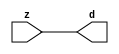

//------> ./rtl_mgc_ioport.v 
//------------------------------------------------------------------
//                M G C _ I O P O R T _ C O M P S
//------------------------------------------------------------------

//------------------------------------------------------------------
//                       M O D U L E S
//------------------------------------------------------------------

//------------------------------------------------------------------
//-- INPUT ENTITIES
//------------------------------------------------------------------

module mgc_in_wire (d, z);

  parameter integer rscid = 1;
  parameter integer width = 8;

  output [width-1:0] d;
  input  [width-1:0] z;

  wire   [width-1:0] d;

  assign d = z;

endmodule

//------------------------------------------------------------------

module mgc_in_wire_en (ld, d, lz, z);

  parameter integer rscid = 1;
  parameter integer width = 8;

  input              ld;
  output [width-1:0] d;
  output             lz;
  input  [width-1:0] z;

  wire   [width-1:0] d;
  wire               lz;

  assign d = z;
  assign lz = ld;

endmodule

//------------------------------------------------------------------

module mgc_in_wire_wait (ld, vd, d, lz, vz, z);

  parameter integer rscid = 1;
  parameter integer width = 8;

  input              ld;
  output             vd;
  output [width-1:0] d;
  output             lz;
  input              vz;
  input  [width-1:0] z;

  wire               vd;
  wire   [width-1:0] d;
  wire               lz;

  assign d = z;
  assign lz = ld;
  assign vd = vz;

endmodule
//------------------------------------------------------------------

module mgc_chan_in (ld, vd, d, lz, vz, z, size, req_size, sizez, sizelz);

  parameter integer rscid = 1;
  parameter integer width = 8;
  parameter integer sz_width = 8;

  input              ld;
  output             vd;
  output [width-1:0] d;
  output             lz;
  input              vz;
  input  [width-1:0] z;
  output [sz_width-1:0] size;
  input              req_size;
  input  [sz_width-1:0] sizez;
  output             sizelz;


  wire               vd;
  wire   [width-1:0] d;
  wire               lz;
  wire   [sz_width-1:0] size;
  wire               sizelz;

  assign d = z;
  assign lz = ld;
  assign vd = vz;
  assign size = sizez;
  assign sizelz = req_size;

endmodule


//------------------------------------------------------------------
//-- OUTPUT ENTITIES
//------------------------------------------------------------------

module mgc_out_stdreg (d, z);

  parameter integer rscid = 1;
  parameter integer width = 8;

  input    [width-1:0] d;
  output   [width-1:0] z;

  wire     [width-1:0] z;

  assign z = d;

endmodule

//------------------------------------------------------------------

module mgc_out_stdreg_en (ld, d, lz, z);

  parameter integer rscid = 1;
  parameter integer width = 8;

  input              ld;
  input  [width-1:0] d;
  output             lz;
  output [width-1:0] z;

  wire               lz;
  wire   [width-1:0] z;

  assign z = d;
  assign lz = ld;

endmodule

//------------------------------------------------------------------

module mgc_out_stdreg_wait (ld, vd, d, lz, vz, z);

  parameter integer rscid = 1;
  parameter integer width = 8;

  input              ld;
  output             vd;
  input  [width-1:0] d;
  output             lz;
  input              vz;
  output [width-1:0] z;

  wire               vd;
  wire               lz;
  wire   [width-1:0] z;

  assign z = d;
  assign lz = ld;
  assign vd = vz;

endmodule

//------------------------------------------------------------------

module mgc_out_prereg_en (ld, d, lz, z);

    parameter integer rscid = 1;
    parameter integer width = 8;

    input              ld;
    input  [width-1:0] d;
    output             lz;
    output [width-1:0] z;

    wire               lz;
    wire   [width-1:0] z;

    assign z = d;
    assign lz = ld;

endmodule

//------------------------------------------------------------------
//-- INOUT ENTITIES
//------------------------------------------------------------------

module mgc_inout_stdreg_en (ldin, din, ldout, dout, lzin, lzout, z);

    parameter integer rscid = 1;
    parameter integer width = 8;

    input              ldin;
    output [width-1:0] din;
    input              ldout;
    input  [width-1:0] dout;
    output             lzin;
    output             lzout;
    inout  [width-1:0] z;

    wire   [width-1:0] din;
    wire               lzin;
    wire               lzout;
    wire   [width-1:0] z;

    assign lzin = ldin;
    assign din = ldin ? z : {width{1'bz}};
    assign lzout = ldout;
    assign z = ldout ? dout : {width{1'bz}};

endmodule

//------------------------------------------------------------------
module hid_tribuf( I_SIG, ENABLE, O_SIG);
  parameter integer width = 8;

  input [width-1:0] I_SIG;
  input ENABLE;
  inout [width-1:0] O_SIG;

  assign O_SIG = (ENABLE) ? I_SIG : { width{1'bz}};

endmodule
//------------------------------------------------------------------

module mgc_inout_stdreg_wait (ldin, vdin, din, ldout, vdout, dout, lzin, vzin, lzout, vzout, z);

    parameter integer rscid = 1;
    parameter integer width = 8;

    input              ldin;
    output             vdin;
    output [width-1:0] din;
    input              ldout;
    output             vdout;
    input  [width-1:0] dout;
    output             lzin;
    input              vzin;
    output             lzout;
    input              vzout;
    inout  [width-1:0] z;

    wire               vdin;
    wire   [width-1:0] din;
    wire               vdout;
    wire               lzin;
    wire               lzout;
    wire   [width-1:0] z;
    wire   ldout_and_vzout;

    assign lzin = ldin;
    assign vdin = vzin;
    assign din = ldin ? z : {width{1'bz}};
    assign lzout = ldout;
    assign vdout = vzout ;
    assign ldout_and_vzout = ldout && vzout ;

    hid_tribuf #(width) tb( .I_SIG(dout),
                            .ENABLE(ldout_and_vzout),
                            .O_SIG(z) );

endmodule

//------------------------------------------------------------------

module mgc_inout_buf_wait (clk, en, arst, srst, ldin, vdin, din, ldout, vdout, dout, lzin, vzin, lzout, vzout, z);

    parameter integer rscid   = 0; // resource ID
    parameter integer width   = 8; // fifo width
    parameter         ph_clk  =  1'b1; // clock polarity 1=rising edge, 0=falling edge
    parameter         ph_en   =  1'b1; // clock enable polarity
    parameter         ph_arst =  1'b1; // async reset polarity
    parameter         ph_srst =  1'b1; // sync reset polarity

    input              clk;
    input              en;
    input              arst;
    input              srst;
    input              ldin;
    output             vdin;
    output [width-1:0] din;
    input              ldout;
    output             vdout;
    input  [width-1:0] dout;
    output             lzin;
    input              vzin;
    output             lzout;
    input              vzout;
    inout  [width-1:0] z;

    wire               lzout_buf;
    wire               vzout_buf;
    wire   [width-1:0] z_buf;
    wire               vdin;
    wire   [width-1:0] din;
    wire               vdout;
    wire               lzin;
    wire               lzout;
    wire   [width-1:0] z;

    assign lzin = ldin;
    assign vdin = vzin;
    assign din = ldin ? z : {width{1'bz}};
    assign lzout = lzout_buf & ~ldin;
    assign vzout_buf = vzout & ~ldin;
    hid_tribuf #(width) tb( .I_SIG(z_buf),
                            .ENABLE((lzout_buf && (!ldin) && vzout) ),
                            .O_SIG(z)  );

    mgc_out_buf_wait
    #(
        .rscid   (rscid),
        .width   (width),
        .ph_clk  (ph_clk),
        .ph_en   (ph_en),
        .ph_arst (ph_arst),
        .ph_srst (ph_srst)
    )
    BUFF
    (
        .clk     (clk),
        .en      (en),
        .arst    (arst),
        .srst    (srst),
        .ld      (ldout),
        .vd      (vdout),
        .d       (dout),
        .lz      (lzout_buf),
        .vz      (vzout_buf),
        .z       (z_buf)
    );


endmodule

module mgc_inout_fifo_wait (clk, en, arst, srst, ldin, vdin, din, ldout, vdout, dout, lzin, vzin, lzout, vzout, z);

    parameter integer rscid   = 0; // resource ID
    parameter integer width   = 8; // fifo width
    parameter integer fifo_sz = 8; // fifo depth
    parameter         ph_clk  = 1'b1;  // clock polarity 1=rising edge, 0=falling edge
    parameter         ph_en   = 1'b1;  // clock enable polarity
    parameter         ph_arst = 1'b1;  // async reset polarity
    parameter         ph_srst = 1'b1;  // sync reset polarity
    parameter integer ph_log2 = 3;     // log2(fifo_sz)
    parameter integer pwropt  = 0;     // pwropt

    input              clk;
    input              en;
    input              arst;
    input              srst;
    input              ldin;
    output             vdin;
    output [width-1:0] din;
    input              ldout;
    output             vdout;
    input  [width-1:0] dout;
    output             lzin;
    input              vzin;
    output             lzout;
    input              vzout;
    inout  [width-1:0] z;

    wire               lzout_buf;
    wire               vzout_buf;
    wire   [width-1:0] z_buf;
    wire               comb;
    wire               vdin;
    wire   [width-1:0] din;
    wire               vdout;
    wire               lzin;
    wire               lzout;
    wire   [width-1:0] z;

    assign lzin = ldin;
    assign vdin = vzin;
    assign din = ldin ? z : {width{1'bz}};
    assign lzout = lzout_buf & ~ldin;
    assign vzout_buf = vzout & ~ldin;
    assign comb = (lzout_buf && (!ldin) && vzout);

    hid_tribuf #(width) tb2( .I_SIG(z_buf), .ENABLE(comb), .O_SIG(z)  );

    mgc_out_fifo_wait
    #(
        .rscid   (rscid),
        .width   (width),
        .fifo_sz (fifo_sz),
        .ph_clk  (ph_clk),
        .ph_en   (ph_en),
        .ph_arst (ph_arst),
        .ph_srst (ph_srst),
        .ph_log2 (ph_log2),
        .pwropt  (pwropt)
    )
    FIFO
    (
        .clk   (clk),
        .en      (en),
        .arst    (arst),
        .srst    (srst),
        .ld      (ldout),
        .vd      (vdout),
        .d       (dout),
        .lz      (lzout_buf),
        .vz      (vzout_buf),
        .z       (z_buf)
    );

endmodule

//------------------------------------------------------------------
//-- I/O SYNCHRONIZATION ENTITIES
//------------------------------------------------------------------

module mgc_io_sync (ld, lz);

    input  ld;
    output lz;

    assign lz = ld;

endmodule

module mgc_bsync_rdy (rd, rz);

    parameter integer rscid   = 0; // resource ID
    parameter ready = 1;
    parameter valid = 0;

    input  rd;
    output rz;

    wire   rz;

    assign rz = rd;

endmodule

module mgc_bsync_vld (vd, vz);

    parameter integer rscid   = 0; // resource ID
    parameter ready = 0;
    parameter valid = 1;

    output vd;
    input  vz;

    wire   vd;

    assign vd = vz;

endmodule

module mgc_bsync_rv (rd, vd, rz, vz);

    parameter integer rscid   = 0; // resource ID
    parameter ready = 1;
    parameter valid = 1;

    input  rd;
    output vd;
    output rz;
    input  vz;

    wire   vd;
    wire   rz;

    assign rz = rd;
    assign vd = vz;

endmodule

//------------------------------------------------------------------

module mgc_sync (ldin, vdin, ldout, vdout);

  input  ldin;
  output vdin;
  input  ldout;
  output vdout;

  wire   vdin;
  wire   vdout;

  assign vdin = ldout;
  assign vdout = ldin;

endmodule

///////////////////////////////////////////////////////////////////////////////
// dummy function used to preserve funccalls for modulario
// it looks like a memory read to the caller
///////////////////////////////////////////////////////////////////////////////
module funccall_inout (d, ad, bd, z, az, bz);

  parameter integer ram_id = 1;
  parameter integer width = 8;
  parameter integer addr_width = 8;

  output [width-1:0]       d;
  input  [addr_width-1:0]  ad;
  input                    bd;
  input  [width-1:0]       z;
  output [addr_width-1:0]  az;
  output                   bz;

  wire   [width-1:0]       d;
  wire   [addr_width-1:0]  az;
  wire                     bz;

  assign d  = z;
  assign az = ad;
  assign bz = bd;

endmodule


///////////////////////////////////////////////////////////////////////////////
// inlinable modular io not otherwise found in mgc_ioport
///////////////////////////////////////////////////////////////////////////////

module modulario_en_in (vd, d, vz, z);

  parameter integer rscid = 1;
  parameter integer width = 8;

  output             vd;
  output [width-1:0] d;
  input              vz;
  input  [width-1:0] z;

  wire   [width-1:0] d;
  wire               vd;

  assign d = z;
  assign vd = vz;

endmodule

//------> ./rtl_mgc_ioport_v2001.v 
//------------------------------------------------------------------

module mgc_out_reg_pos (clk, en, arst, srst, ld, d, lz, z);

    parameter integer rscid   = 1;
    parameter integer width   = 8;
    parameter         ph_en   =  1'b1;
    parameter         ph_arst =  1'b1;
    parameter         ph_srst =  1'b1;

    input              clk;
    input              en;
    input              arst;
    input              srst;
    input              ld;
    input  [width-1:0] d;
    output             lz;
    output [width-1:0] z;

    reg                lz;
    reg    [width-1:0] z;

    generate
    if (ph_arst == 1'b0)
    begin: NEG_ARST
        always @(posedge clk or negedge arst)
        if (arst == 1'b0)
        begin: B1
            lz <= 1'b0;
            z  <= {width{1'b0}};
        end
        else if (srst == ph_srst)
        begin: B2
            lz <= 1'b0;
            z  <= {width{1'b0}};
        end
        else if (en == ph_en)
        begin: B3
            lz <= ld;
            z  <= (ld) ? d : z;
        end
    end
    else
    begin: POS_ARST
        always @(posedge clk or posedge arst)
        if (arst == 1'b1)
        begin: B1
            lz <= 1'b0;
            z  <= {width{1'b0}};
        end
        else if (srst == ph_srst)
        begin: B2
            lz <= 1'b0;
            z  <= {width{1'b0}};
        end
        else if (en == ph_en)
        begin: B3
            lz <= ld;
            z  <= (ld) ? d : z;
        end
    end
    endgenerate

endmodule

//------------------------------------------------------------------

module mgc_out_reg_neg (clk, en, arst, srst, ld, d, lz, z);

    parameter integer rscid   = 1;
    parameter integer width   = 8;
    parameter         ph_en   =  1'b1;
    parameter         ph_arst =  1'b1;
    parameter         ph_srst =  1'b1;

    input              clk;
    input              en;
    input              arst;
    input              srst;
    input              ld;
    input  [width-1:0] d;
    output             lz;
    output [width-1:0] z;

    reg                lz;
    reg    [width-1:0] z;

    generate
    if (ph_arst == 1'b0)
    begin: NEG_ARST
        always @(negedge clk or negedge arst)
        if (arst == 1'b0)
        begin: B1
            lz <= 1'b0;
            z  <= {width{1'b0}};
        end
        else if (srst == ph_srst)
        begin: B2
            lz <= 1'b0;
            z  <= {width{1'b0}};
        end
        else if (en == ph_en)
        begin: B3
            lz <= ld;
            z  <= (ld) ? d : z;
        end
    end
    else
    begin: POS_ARST
        always @(negedge clk or posedge arst)
        if (arst == 1'b1)
        begin: B1
            lz <= 1'b0;
            z  <= {width{1'b0}};
        end
        else if (srst == ph_srst)
        begin: B2
            lz <= 1'b0;
            z  <= {width{1'b0}};
        end
        else if (en == ph_en)
        begin: B3
            lz <= ld;
            z  <= (ld) ? d : z;
        end
    end
    endgenerate

endmodule

//------------------------------------------------------------------

module mgc_out_reg (clk, en, arst, srst, ld, d, lz, z); // Not Supported

    parameter integer rscid   = 1;
    parameter integer width   = 8;
    parameter         ph_clk  =  1'b1;
    parameter         ph_en   =  1'b1;
    parameter         ph_arst =  1'b1;
    parameter         ph_srst =  1'b1;

    input              clk;
    input              en;
    input              arst;
    input              srst;
    input              ld;
    input  [width-1:0] d;
    output             lz;
    output [width-1:0] z;


    generate
    if (ph_clk == 1'b0)
    begin: NEG_EDGE

        mgc_out_reg_neg
        #(
            .rscid   (rscid),
            .width   (width),
            .ph_en   (ph_en),
            .ph_arst (ph_arst),
            .ph_srst (ph_srst)
        )
        mgc_out_reg_neg_inst
        (
            .clk     (clk),
            .en      (en),
            .arst    (arst),
            .srst    (srst),
            .ld      (ld),
            .d       (d),
            .lz      (lz),
            .z       (z)
        );

    end
    else
    begin: POS_EDGE

        mgc_out_reg_pos
        #(
            .rscid   (rscid),
            .width   (width),
            .ph_en   (ph_en),
            .ph_arst (ph_arst),
            .ph_srst (ph_srst)
        )
        mgc_out_reg_pos_inst
        (
            .clk     (clk),
            .en      (en),
            .arst    (arst),
            .srst    (srst),
            .ld      (ld),
            .d       (d),
            .lz      (lz),
            .z       (z)
        );

    end
    endgenerate

endmodule




//------------------------------------------------------------------

module mgc_out_buf_wait (clk, en, arst, srst, ld, vd, d, vz, lz, z); // Not supported

    parameter integer rscid   = 1;
    parameter integer width   = 8;
    parameter         ph_clk  =  1'b1;
    parameter         ph_en   =  1'b1;
    parameter         ph_arst =  1'b1;
    parameter         ph_srst =  1'b1;

    input              clk;
    input              en;
    input              arst;
    input              srst;
    input              ld;
    output             vd;
    input  [width-1:0] d;
    output             lz;
    input              vz;
    output [width-1:0] z;

    wire               filled;
    wire               filled_next;
    wire   [width-1:0] abuf;
    wire               lbuf;


    assign filled_next = (filled & (~vz)) | (filled & ld) | (ld & (~vz));

    assign lbuf = ld & ~(filled ^ vz);

    assign vd = vz | ~filled;

    assign lz = ld | filled;

    assign z = (filled) ? abuf : d;

    wire dummy;
    wire dummy_bufreg_lz;

    // Output registers:
    mgc_out_reg
    #(
        .rscid   (rscid),
        .width   (1'b1),
        .ph_clk  (ph_clk),
        .ph_en   (ph_en),
        .ph_arst (ph_arst),
        .ph_srst (ph_srst)
    )
    STATREG
    (
        .clk     (clk),
        .en      (en),
        .arst    (arst),
        .srst    (srst),
        .ld      (filled_next),
        .d       (1'b0),       // input d is unused
        .lz      (filled),
        .z       (dummy)            // output z is unused
    );

    mgc_out_reg
    #(
        .rscid   (rscid),
        .width   (width),
        .ph_clk  (ph_clk),
        .ph_en   (ph_en),
        .ph_arst (ph_arst),
        .ph_srst (ph_srst)
    )
    BUFREG
    (
        .clk     (clk),
        .en      (en),
        .arst    (arst),
        .srst    (srst),
        .ld      (lbuf),
        .d       (d),
        .lz      (dummy_bufreg_lz),
        .z       (abuf)
    );

endmodule

//------------------------------------------------------------------

module mgc_out_fifo_wait (clk, en, arst, srst, ld, vd, d, lz, vz,  z);

    parameter integer rscid   = 0; // resource ID
    parameter integer width   = 8; // fifo width
    parameter integer fifo_sz = 8; // fifo depth
    parameter         ph_clk  = 1'b1; // clock polarity 1=rising edge, 0=falling edge
    parameter         ph_en   = 1'b1; // clock enable polarity
    parameter         ph_arst = 1'b1; // async reset polarity
    parameter         ph_srst = 1'b1; // sync reset polarity
    parameter integer ph_log2 = 3; // log2(fifo_sz)
    parameter integer pwropt  = 0; // pwropt


    input                 clk;
    input                 en;
    input                 arst;
    input                 srst;
    input                 ld;    // load data
    output                vd;    // fifo full active low
    input     [width-1:0] d;
    output                lz;    // fifo ready to send
    input                 vz;    // dest ready for data
    output    [width-1:0] z;

    wire    [31:0]      size;


      // Output registers:
 mgc_out_fifo_wait_core#(
        .rscid   (rscid),
        .width   (width),
        .sz_width (32),
        .fifo_sz (fifo_sz),
        .ph_clk  (ph_clk),
        .ph_en   (ph_en),
        .ph_arst (ph_arst),
        .ph_srst (ph_srst),
        .ph_log2 (ph_log2),
        .pwropt  (pwropt)
        ) CORE (
        .clk (clk),
        .en (en),
        .arst (arst),
        .srst (srst),
        .ld (ld),
        .vd (vd),
        .d (d),
        .lz (lz),
        .vz (vz),
        .z (z),
        .size (size)
        );

endmodule



module mgc_out_fifo_wait_core (clk, en, arst, srst, ld, vd, d, lz, vz,  z, size);

    parameter integer rscid   = 0; // resource ID
    parameter integer width   = 8; // fifo width
    parameter integer sz_width = 8; // size of port for elements in fifo
    parameter integer fifo_sz = 8; // fifo depth
    parameter         ph_clk  =  1'b1; // clock polarity 1=rising edge, 0=falling edge
    parameter         ph_en   =  1'b1; // clock enable polarity
    parameter         ph_arst =  1'b1; // async reset polarity
    parameter         ph_srst =  1'b1; // sync reset polarity
    parameter integer ph_log2 = 3; // log2(fifo_sz)
    parameter integer pwropt  = 0; // pwropt

   localparam integer  fifo_b = width * fifo_sz;

    input                 clk;
    input                 en;
    input                 arst;
    input                 srst;
    input                 ld;    // load data
    output                vd;    // fifo full active low
    input     [width-1:0] d;
    output                lz;    // fifo ready to send
    input                 vz;    // dest ready for data
    output    [width-1:0] z;
    output    [sz_width-1:0]      size;

    reg      [( (fifo_sz > 0) ? fifo_sz : 1)-1:0] stat_pre;
    wire     [( (fifo_sz > 0) ? fifo_sz : 1)-1:0] stat;
    reg      [( (fifo_b > 0) ? fifo_b : 1)-1:0] buff_pre;
    wire     [( (fifo_b > 0) ? fifo_b : 1)-1:0] buff;
    reg      [( (fifo_sz > 0) ? fifo_sz : 1)-1:0] en_l;
    reg      [(((fifo_sz > 0) ? fifo_sz : 1)-1)/8:0] en_l_s;

    reg       [width-1:0] buff_nxt;

    reg                   stat_nxt;
    reg                   stat_before;
    reg                   stat_after;
    reg                   en_l_var;

    integer               i;
    genvar                eni;

    wire [32:0]           size_t;
    reg [31:0]            count;
    reg [31:0]            count_t;
    reg [32:0]            n_elem;
// pragma translate_off
    reg [31:0]            peak;
// pragma translate_on

    wire [( (fifo_sz > 0) ? fifo_sz : 1)-1:0] dummy_statreg_lz;
    wire [( (fifo_b > 0) ? fifo_b : 1)-1:0] dummy_bufreg_lz;

    generate
    if ( fifo_sz > 0 )
    begin: FIFO_REG
      assign vd = vz | ~stat[0];
      assign lz = ld | stat[fifo_sz-1];
      assign size_t = (count - (vz && stat[fifo_sz-1])) + ld;
      assign size = size_t[sz_width-1:0];
      assign z = (stat[fifo_sz-1]) ? buff[fifo_b-1:width*(fifo_sz-1)] : d;

      always @(*)
      begin: FIFOPROC
        n_elem = 33'b0;
        for (i = fifo_sz-1; i >= 0; i = i - 1)
        begin
          if (i != 0)
            stat_before = stat[i-1];
          else
            stat_before = 1'b0;

          if (i != (fifo_sz-1))
            stat_after = stat[i+1];
          else
            stat_after = 1'b1;

          stat_nxt = stat_after &
                    (stat_before | (stat[i] & (~vz)) | (stat[i] & ld) | (ld & (~vz)));

          stat_pre[i] = stat_nxt;
          en_l_var = 1'b1;
          if (!stat_nxt)
            begin
              buff_nxt = {width{1'b0}};
              en_l_var = 1'b0;
            end
          else if (vz && stat_before)
            buff_nxt[0+:width] = buff[width*(i-1)+:width];
          else if (ld && !((vz && stat_before) || ((!vz) && stat[i])))
            buff_nxt = d;
          else
            begin
              if (pwropt == 0)
                buff_nxt[0+:width] = buff[width*i+:width];
              else
                buff_nxt = {width{1'b0}};
              en_l_var = 1'b0;
            end

          if (ph_en != 0)
            en_l[i] = en & en_l_var;
          else
            en_l[i] = en | ~en_l_var;

          buff_pre[width*i+:width] = buff_nxt[0+:width];

          if ((stat_after == 1'b1) && (stat[i] == 1'b0))
            n_elem = ($unsigned(fifo_sz) - 1) - i;
        end

        if (ph_en != 0)
          en_l_s[(((fifo_sz > 0) ? fifo_sz : 1)-1)/8] = 1'b1;
        else
          en_l_s[(((fifo_sz > 0) ? fifo_sz : 1)-1)/8] = 1'b0;

        for (i = fifo_sz-1; i >= 7; i = i - 1)
        begin
          if ((i%'d2) == 0)
          begin
            if (ph_en != 0)
              en_l_s[(i/8)-1] = en & (stat[i]|stat_pre[i-1]);
            else
              en_l_s[(i/8)-1] = en | ~(stat[i]|stat_pre[i-1]);
          end
        end

        if ( stat[fifo_sz-1] == 1'b0 )
          count_t = 32'b0;
        else if ( stat[0] == 1'b1 )
          count_t = { {(32-ph_log2){1'b0}}, fifo_sz};
        else
          count_t = n_elem[31:0];
        count = count_t;
// pragma translate_off
        if ( peak < count )
          peak = count;
// pragma translate_on
      end

      if (pwropt == 0)
      begin: NOCGFIFO
        // Output registers:
        mgc_out_reg
        #(
            .rscid   (rscid),
            .width   (fifo_sz),
            .ph_clk  (ph_clk),
            .ph_en   (ph_en),
            .ph_arst (ph_arst),
            .ph_srst (ph_srst)
        )
        STATREG
        (
            .clk     (clk),
            .en      (en),
            .arst    (arst),
            .srst    (srst),
            .ld      (1'b1),
            .d       (stat_pre),
            .lz      (dummy_statreg_lz[0]),
            .z       (stat)
        );
        mgc_out_reg
        #(
            .rscid   (rscid),
            .width   (fifo_b),
            .ph_clk  (ph_clk),
            .ph_en   (ph_en),
            .ph_arst (ph_arst),
            .ph_srst (ph_srst)
        )
        BUFREG
        (
            .clk     (clk),
            .en      (en),
            .arst    (arst),
            .srst    (srst),
            .ld      (1'b1),
            .d       (buff_pre),
            .lz      (dummy_bufreg_lz[0]),
            .z       (buff)
        );
      end
      else
      begin: CGFIFO
        // Output registers:
        if ( pwropt > 1)
        begin: CGSTATFIFO2
          for (eni = fifo_sz-1; eni >= 0; eni = eni - 1)
          begin: pwroptGEN1
            mgc_out_reg
            #(
              .rscid   (rscid),
              .width   (1),
              .ph_clk  (ph_clk),
              .ph_en   (ph_en),
              .ph_arst (ph_arst),
              .ph_srst (ph_srst)
            )
            STATREG
            (
              .clk     (clk),
              .en      (en_l_s[eni/8]),
              .arst    (arst),
              .srst    (srst),
              .ld      (1'b1),
              .d       (stat_pre[eni]),
              .lz      (dummy_statreg_lz[eni]),
              .z       (stat[eni])
            );
          end
        end
        else
        begin: CGSTATFIFO
          mgc_out_reg
          #(
            .rscid   (rscid),
            .width   (fifo_sz),
            .ph_clk  (ph_clk),
            .ph_en   (ph_en),
            .ph_arst (ph_arst),
            .ph_srst (ph_srst)
          )
          STATREG
          (
            .clk     (clk),
            .en      (en),
            .arst    (arst),
            .srst    (srst),
            .ld      (1'b1),
            .d       (stat_pre),
            .lz      (dummy_statreg_lz[0]),
            .z       (stat)
          );
        end
        for (eni = fifo_sz-1; eni >= 0; eni = eni - 1)
        begin: pwroptGEN2
          mgc_out_reg
          #(
            .rscid   (rscid),
            .width   (width),
            .ph_clk  (ph_clk),
            .ph_en   (ph_en),
            .ph_arst (ph_arst),
            .ph_srst (ph_srst)
          )
          BUFREG
          (
            .clk     (clk),
            .en      (en_l[eni]),
            .arst    (arst),
            .srst    (srst),
            .ld      (1'b1),
            .d       (buff_pre[width*eni+:width]),
            .lz      (dummy_bufreg_lz[eni]),
            .z       (buff[width*eni+:width])
          );
        end
      end
    end
    else
    begin: FEED_THRU
      assign vd = vz;
      assign lz = ld;
      assign z = d;
      assign size = ld && !vz;
    end
    endgenerate

endmodule

//------------------------------------------------------------------
//-- PIPE ENTITIES
//------------------------------------------------------------------
/*
 *
 *             _______________________________________________
 * WRITER    |                                               |          READER
 *           |           MGC_PIPE                            |
 *           |           __________________________          |
 *        --<| vdout  --<| vd ---------------  vz<|-----ldin<|---
 *           |           |      FIFO              |          |
 *        ---|>ldout  ---|>ld ---------------- lz |> ---vdin |>--
 *        ---|>dout -----|>d  ---------------- dz |> ----din |>--
 *           |           |________________________|          |
 *           |_______________________________________________|
 */
// two clock pipe
module mgc_pipe (clk, en, arst, srst, ldin, vdin, din, ldout, vdout, dout, size, req_size);

    parameter integer rscid   = 0; // resource ID
    parameter integer width   = 8; // fifo width
    parameter integer sz_width = 8; // width of size of elements in fifo
    parameter integer fifo_sz = 8; // fifo depth
    parameter integer log2_sz = 3; // log2(fifo_sz)
    parameter         ph_clk  = 1'b1;  // clock polarity 1=rising edge, 0=falling edge
    parameter         ph_en   = 1'b1;  // clock enable polarity
    parameter         ph_arst = 1'b1;  // async reset polarity
    parameter         ph_srst = 1'b1;  // sync reset polarity
    parameter integer pwropt  = 0; // pwropt

    input              clk;
    input              en;
    input              arst;
    input              srst;
    input              ldin;
    output             vdin;
    output [width-1:0] din;
    input              ldout;
    output             vdout;
    input  [width-1:0] dout;
    output [sz_width-1:0]      size;
    input              req_size;


    mgc_out_fifo_wait_core
    #(
        .rscid    (rscid),
        .width    (width),
        .sz_width (sz_width),
        .fifo_sz  (fifo_sz),
        .ph_clk   (ph_clk),
        .ph_en    (ph_en),
        .ph_arst  (ph_arst),
        .ph_srst  (ph_srst),
        .ph_log2  (log2_sz),
        .pwropt   (pwropt)
    )
    FIFO
    (
        .clk     (clk),
        .en      (en),
        .arst    (arst),
        .srst    (srst),
        .ld      (ldout),
        .vd      (vdout),
        .d       (dout),
        .lz      (vdin),
        .vz      (ldin),
        .z       (din),
        .size    (size)
    );

endmodule


//------> ./rtl.v 
// ----------------------------------------------------------------------
//  HLS HDL:        Verilog Netlister
//  HLS Version:    2011a.126 Production Release
//  HLS Date:       Wed Aug  8 00:52:07 PDT 2012
// 
//  Generated by:   rbw14@EEWS104A-013
//  Generated date: Wed May 06 10:47:37 2015
// ----------------------------------------------------------------------

// 
// ------------------------------------------------------------------
//  Design Unit:    sharpen1_core
// ------------------------------------------------------------------


module sharpen1_core (
  clk, en, arst_n, vin_rsc_mgc_in_wire_d, vout_rsc_mgc_out_stdreg_d
);
  input clk;
  input en;
  input arst_n;
  input [89:0] vin_rsc_mgc_in_wire_d;
  output [29:0] vout_rsc_mgc_out_stdreg_d;
  reg [29:0] vout_rsc_mgc_out_stdreg_d;


  // Interconnect Declarations
  wire [1:0] SHIFT_mux_13_tmp;
  wire or_dcpl_1;
  wire and_dcpl;
  reg [15:0] red_1_lpi_1;
  reg [15:0] green_1_lpi_1;
  reg [15:0] blue_1_lpi_1;
  reg [15:0] b_1_lpi_1;
  reg [15:0] b_0_lpi_1;
  reg [15:0] b_2_lpi_1;
  reg [15:0] g_1_lpi_1;
  reg [15:0] g_0_lpi_1;
  reg [15:0] g_2_lpi_1;
  reg [15:0] r_1_lpi_1;
  reg [15:0] r_0_lpi_1;
  reg [15:0] r_2_lpi_1;
  reg exit_ACC1_lpi_1;
  reg exit_SHIFT_lpi_1;
  reg [1:0] i_3_lpi_1;
  reg [1:0] i_4_lpi_1;
  reg [89:0] regs_regs_1_sva;
  reg [89:0] regs_regs_0_sva;
  reg exit_ACC2_sva;
  reg [89:0] regs_operator_din_lpi_1_dfm;
  reg [1:0] SHIFT_i_1_lpi_3;
  wire and_2_cse;
  wire SHIFT_and_20_cse_1;
  wire [1:0] i_4_sva;
  wire [2:0] nl_i_4_sva;
  wire exit_SHIFT_lpi_1_dfm;
  wire [1:0] SHIFT_acc_1_psp;
  wire [2:0] nl_SHIFT_acc_1_psp;
  wire or_14_cse;
  wire or_dcpl;
  wire and_dcpl_10;
  wire or_dcpl_50;
  wire and_dcpl_12;
  wire [1:0] i_3_sva;
  wire [2:0] nl_i_3_sva;
  wire exit_ACC1_lpi_1_dfm;
  wire [1:0] ACC2_acc_itm;
  wire [2:0] nl_ACC2_acc_itm;
  wire [1:0] ACC1_acc_itm;
  wire [2:0] nl_ACC1_acc_itm;
  wire [15:0] red_1_sva_1;
  wire [16:0] nl_red_1_sva_1;
  wire [5:0] acc_imod_sva;
  wire [7:0] nl_acc_imod_sva;
  wire [9:0] FRAME_mul_sdt;
  wire [19:0] nl_FRAME_mul_sdt;
  wire [12:0] FRAME_acc_3_psp_sva;
  wire [13:0] nl_FRAME_acc_3_psp_sva;
  wire [12:0] FRAME_acc_4_psp_sva;
  wire [13:0] nl_FRAME_acc_4_psp_sva;
  wire [3:0] FRAME_acc_48_cse;
  wire [4:0] nl_FRAME_acc_48_cse;
  wire [15:0] blue_1_sva_1;
  wire [16:0] nl_blue_1_sva_1;
  wire [5:0] acc_imod_4_sva;
  wire [7:0] nl_acc_imod_4_sva;
  wire [3:0] FRAME_acc_45_cse;
  wire [4:0] nl_FRAME_acc_45_cse;
  wire [15:0] green_1_sva_1;
  wire [16:0] nl_green_1_sva_1;
  wire [5:0] acc_imod_2_sva;
  wire [7:0] nl_acc_imod_2_sva;
  wire [15:0] blue_1_lpi_1_dfm;
  wire [15:0] b_2_lpi_1_dfm;
  wire [15:0] b_1_lpi_1_dfm;
  wire [15:0] b_0_lpi_1_dfm;
  wire [15:0] green_1_lpi_1_dfm;
  wire [15:0] g_2_lpi_1_dfm;
  wire [15:0] g_1_lpi_1_dfm;
  wire [15:0] g_0_lpi_1_dfm;
  wire [15:0] red_1_lpi_1_dfm;
  wire [15:0] r_2_lpi_1_dfm;
  wire [15:0] r_1_lpi_1_dfm;
  wire [15:0] r_0_lpi_1_dfm;
  wire [89:0] regs_operator_din_lpi_1_dfm_mx0;

  wire[15:0] ACC2_mux_nl;
  wire[15:0] ACC2_mux_6_nl;
  wire[15:0] ACC2_mux_5_nl;
  wire[1:0] mux_1_nl;

  // Interconnect Declarations for Component Instantiations 
  assign or_14_cse = or_dcpl_1 | exit_ACC1_lpi_1 | (i_4_lpi_1[1]) | (~ (i_4_lpi_1[0]));
  assign ACC2_mux_nl = MUX_v_16_4_2({r_0_lpi_1_dfm , r_1_lpi_1_dfm , r_2_lpi_1_dfm
      , 16'b0}, i_3_lpi_1);
  assign nl_red_1_sva_1 = red_1_lpi_1_dfm + (ACC2_mux_nl);
  assign red_1_sva_1 = nl_red_1_sva_1[15:0];
  assign nl_acc_imod_sva = (conv_u2u_5_6(conv_u2u_4_5(conv_u2u_3_4(red_1_sva_1[8:6])
      + conv_u2u_3_4(~ (red_1_sva_1[11:9]))) + conv_u2u_4_5(conv_u2u_3_4({(~ (red_1_sva_1[14]))
      , 1'b1 , (~ (red_1_sva_1[14]))}) + conv_u2u_2_4(red_1_sva_1[13:12]))) + conv_u2u_4_6(conv_u2u_3_4(red_1_sva_1[2:0])
      + conv_u2u_3_4(~ (red_1_sva_1[5:3])))) + ({5'b10101 , (~ (red_1_sva_1[15]))});
  assign acc_imod_sva = nl_acc_imod_sva[5:0];
  assign nl_FRAME_mul_sdt = conv_u2u_2_10(red_1_sva_1[13:12]) * 10'b111000111;
  assign FRAME_mul_sdt = nl_FRAME_mul_sdt[9:0];
  assign nl_FRAME_acc_3_psp_sva = ({FRAME_acc_45_cse , (green_1_sva_1[14]) , 1'b0
      , FRAME_acc_45_cse , (green_1_sva_1[14]) , (conv_u2u_1_2(green_1_sva_1[15])
      + conv_u2u_1_2(green_1_sva_1[14]))}) + conv_s2u_12_13(conv_u2s_11_13(conv_u2s_22_12(conv_u2u_2_11(green_1_sva_1[13:12])
      * 11'b111000111)) + conv_s2s_10_12(conv_u2s_9_11(conv_u2s_18_10(conv_u2u_3_9(green_1_sva_1[11:9])
      * 9'b111001)) + conv_s2s_8_10(conv_u2s_6_8(green_1_sva_1[8:3]) + conv_s2s_5_8((conv_u2u_4_5(conv_u2u_3_4({(~
      (acc_imod_2_sva[5])) , 1'b1 , (~ (readslicef_5_1_4((({1'b1 , (acc_imod_2_sva[2:0])
      , 1'b1}) + conv_u2s_4_5({(~ (acc_imod_2_sva[5:3])) , (~ (acc_imod_2_sva[5]))})))))})
      + conv_u2u_2_4(acc_imod_2_sva[4:3])) + conv_u2u_3_5(~ (green_1_sva_1[8:6])))
      + ({4'b1001 , (acc_imod_2_sva[5])})))));
  assign FRAME_acc_3_psp_sva = nl_FRAME_acc_3_psp_sva[12:0];
  assign nl_FRAME_acc_4_psp_sva = ({FRAME_acc_48_cse , (blue_1_sva_1[14]) , 1'b0
      , FRAME_acc_48_cse , (blue_1_sva_1[14]) , (conv_u2u_1_2(blue_1_sva_1[15]) +
      conv_u2u_1_2(blue_1_sva_1[14]))}) + conv_s2u_12_13(conv_u2s_11_13(conv_u2s_22_12(conv_u2u_2_11(blue_1_sva_1[13:12])
      * 11'b111000111)) + conv_s2s_10_12(conv_u2s_9_11(conv_u2s_18_10(conv_u2u_3_9(blue_1_sva_1[11:9])
      * 9'b111001)) + conv_s2s_8_10(conv_u2s_6_8(blue_1_sva_1[8:3]) + conv_s2s_5_8((conv_u2u_4_5(conv_u2u_3_4({(~
      (acc_imod_4_sva[5])) , 1'b1 , (~ (readslicef_5_1_4((({1'b1 , (acc_imod_4_sva[2:0])
      , 1'b1}) + conv_u2s_4_5({(~ (acc_imod_4_sva[5:3])) , (~ (acc_imod_4_sva[5]))})))))})
      + conv_u2u_2_4(acc_imod_4_sva[4:3])) + conv_u2u_3_5(~ (blue_1_sva_1[8:6])))
      + ({4'b1001 , (acc_imod_4_sva[5])})))));
  assign FRAME_acc_4_psp_sva = nl_FRAME_acc_4_psp_sva[12:0];
  assign nl_FRAME_acc_48_cse = conv_u2u_3_4(signext_3_1(blue_1_sva_1[15])) + conv_u2u_2_4(signext_2_1(blue_1_sva_1[14]));
  assign FRAME_acc_48_cse = nl_FRAME_acc_48_cse[3:0];
  assign ACC2_mux_6_nl = MUX_v_16_4_2({b_0_lpi_1_dfm , b_1_lpi_1_dfm , b_2_lpi_1_dfm
      , 16'b0}, i_3_lpi_1);
  assign nl_blue_1_sva_1 = blue_1_lpi_1_dfm + (ACC2_mux_6_nl);
  assign blue_1_sva_1 = nl_blue_1_sva_1[15:0];
  assign nl_acc_imod_4_sva = (conv_u2u_5_6(conv_u2u_4_5(conv_u2u_3_4(blue_1_sva_1[8:6])
      + conv_u2u_3_4(~ (blue_1_sva_1[11:9]))) + conv_u2u_4_5(conv_u2u_3_4({(~ (blue_1_sva_1[14]))
      , 1'b1 , (~ (blue_1_sva_1[14]))}) + conv_u2u_2_4(blue_1_sva_1[13:12]))) + conv_u2u_4_6(conv_u2u_3_4(blue_1_sva_1[2:0])
      + conv_u2u_3_4(~ (blue_1_sva_1[5:3])))) + ({5'b10101 , (~ (blue_1_sva_1[15]))});
  assign acc_imod_4_sva = nl_acc_imod_4_sva[5:0];
  assign nl_FRAME_acc_45_cse = conv_u2u_3_4(signext_3_1(green_1_sva_1[15])) + conv_u2u_2_4(signext_2_1(green_1_sva_1[14]));
  assign FRAME_acc_45_cse = nl_FRAME_acc_45_cse[3:0];
  assign ACC2_mux_5_nl = MUX_v_16_4_2({g_0_lpi_1_dfm , g_1_lpi_1_dfm , g_2_lpi_1_dfm
      , 16'b0}, i_3_lpi_1);
  assign nl_green_1_sva_1 = green_1_lpi_1_dfm + (ACC2_mux_5_nl);
  assign green_1_sva_1 = nl_green_1_sva_1[15:0];
  assign nl_acc_imod_2_sva = (conv_u2u_5_6(conv_u2u_4_5(conv_u2u_3_4(green_1_sva_1[8:6])
      + conv_u2u_3_4(~ (green_1_sva_1[11:9]))) + conv_u2u_4_5(conv_u2u_3_4({(~ (green_1_sva_1[14]))
      , 1'b1 , (~ (green_1_sva_1[14]))}) + conv_u2u_2_4(green_1_sva_1[13:12]))) +
      conv_u2u_4_6(conv_u2u_3_4(green_1_sva_1[2:0]) + conv_u2u_3_4(~ (green_1_sva_1[5:3]))))
      + ({5'b10101 , (~ (green_1_sva_1[15]))});
  assign acc_imod_2_sva = nl_acc_imod_2_sva[5:0];
  assign nl_ACC2_acc_itm = i_3_sva + 2'b1;
  assign ACC2_acc_itm = nl_ACC2_acc_itm[1:0];
  assign nl_i_3_sva = i_3_lpi_1 + 2'b1;
  assign i_3_sva = nl_i_3_sva[1:0];
  assign blue_1_lpi_1_dfm = blue_1_lpi_1 & (signext_16_1(~ exit_ACC2_sva));
  assign b_2_lpi_1_dfm = b_2_lpi_1 & (signext_16_1(~ exit_ACC2_sva));
  assign b_1_lpi_1_dfm = b_1_lpi_1 & (signext_16_1(~ exit_ACC2_sva));
  assign b_0_lpi_1_dfm = b_0_lpi_1 & (signext_16_1(~ exit_ACC2_sva));
  assign green_1_lpi_1_dfm = green_1_lpi_1 & (signext_16_1(~ exit_ACC2_sva));
  assign g_2_lpi_1_dfm = g_2_lpi_1 & (signext_16_1(~ exit_ACC2_sva));
  assign g_1_lpi_1_dfm = g_1_lpi_1 & (signext_16_1(~ exit_ACC2_sva));
  assign g_0_lpi_1_dfm = g_0_lpi_1 & (signext_16_1(~ exit_ACC2_sva));
  assign red_1_lpi_1_dfm = red_1_lpi_1 & (signext_16_1(~ exit_ACC2_sva));
  assign r_2_lpi_1_dfm = r_2_lpi_1 & (signext_16_1(~ exit_ACC2_sva));
  assign r_1_lpi_1_dfm = r_1_lpi_1 & (signext_16_1(~ exit_ACC2_sva));
  assign r_0_lpi_1_dfm = r_0_lpi_1 & (signext_16_1(~ exit_ACC2_sva));
  assign exit_ACC1_lpi_1_dfm = exit_ACC1_lpi_1 & (~ exit_ACC2_sva);
  assign exit_SHIFT_lpi_1_dfm = exit_SHIFT_lpi_1 & (~ exit_ACC2_sva);
  assign SHIFT_and_20_cse_1 = (~ exit_ACC1_lpi_1_dfm) & exit_SHIFT_lpi_1_dfm;
  assign nl_ACC1_acc_itm = i_4_sva + 2'b1;
  assign ACC1_acc_itm = nl_ACC1_acc_itm[1:0];
  assign nl_i_4_sva = i_4_lpi_1 + 2'b1;
  assign i_4_sva = nl_i_4_sva[1:0];
  assign mux_1_nl = MUX_v_2_2_2({SHIFT_i_1_lpi_3 , 2'b10}, exit_ACC2_sva);
  assign nl_SHIFT_acc_1_psp = (mux_1_nl) + 2'b11;
  assign SHIFT_acc_1_psp = nl_SHIFT_acc_1_psp[1:0];
  assign regs_operator_din_lpi_1_dfm_mx0 = MUX_v_90_2_2({regs_operator_din_lpi_1_dfm
      , vin_rsc_mgc_in_wire_d}, exit_ACC2_sva);
  assign SHIFT_mux_13_tmp = MUX_v_2_2_2({SHIFT_i_1_lpi_3 , 2'b10}, exit_ACC2_sva);
  assign or_dcpl_1 = exit_ACC2_sva | (~ exit_SHIFT_lpi_1);
  assign and_dcpl = (~ exit_ACC2_sva) & exit_SHIFT_lpi_1;
  assign and_2_cse = and_dcpl & exit_ACC1_lpi_1;
  assign or_dcpl = ~((~(SHIFT_and_20_cse_1 & (ACC1_acc_itm[1]))) & exit_SHIFT_lpi_1_dfm);
  assign and_dcpl_10 = SHIFT_and_20_cse_1 & (~ (ACC1_acc_itm[1]));
  assign or_dcpl_50 = (~((SHIFT_acc_1_psp[1]) | exit_SHIFT_lpi_1_dfm)) | (exit_ACC1_lpi_1_dfm
      & exit_SHIFT_lpi_1_dfm);
  assign and_dcpl_12 = (SHIFT_acc_1_psp[1]) & (~ exit_SHIFT_lpi_1_dfm);
  always @(posedge clk or negedge arst_n) begin
    if ( ~ arst_n ) begin
      vout_rsc_mgc_out_stdreg_d <= 30'b0;
      i_3_lpi_1 <= 2'b0;
      i_4_lpi_1 <= 2'b0;
      exit_SHIFT_lpi_1 <= 1'b0;
      exit_ACC2_sva <= 1'b1;
      exit_ACC1_lpi_1 <= 1'b0;
      SHIFT_i_1_lpi_3 <= 2'b0;
      blue_1_lpi_1 <= 16'b0;
      green_1_lpi_1 <= 16'b0;
      red_1_lpi_1 <= 16'b0;
      b_2_lpi_1 <= 16'b0;
      b_1_lpi_1 <= 16'b0;
      b_0_lpi_1 <= 16'b0;
      g_2_lpi_1 <= 16'b0;
      g_1_lpi_1 <= 16'b0;
      g_0_lpi_1 <= 16'b0;
      r_2_lpi_1 <= 16'b0;
      r_1_lpi_1 <= 16'b0;
      r_0_lpi_1 <= 16'b0;
      regs_regs_1_sva <= 90'b0;
      regs_regs_0_sva <= 90'b0;
      regs_operator_din_lpi_1_dfm <= 90'b0;
    end
    else begin
      if ( en ) begin
        vout_rsc_mgc_out_stdreg_d <= MUX_v_30_2_2({({((((conv_u2s_9_11(conv_u2s_18_10(conv_u2u_3_9(red_1_sva_1[11:9])
            * 9'b111001)) + conv_s2s_8_10(conv_u2s_6_8(red_1_sva_1[8:3]) + conv_s2s_5_8((conv_u2u_4_5(conv_u2u_3_4({(~
            (acc_imod_sva[5])) , 1'b1 , (~ (readslicef_5_1_4((({1'b1 , (acc_imod_sva[2:0])
            , 1'b1}) + conv_u2s_4_5({(~ (acc_imod_sva[5:3])) , (~ (acc_imod_sva[5]))})))))})
            + conv_u2u_2_4(acc_imod_sva[4:3])) + conv_u2u_3_5(~ (red_1_sva_1[8:6])))
            + ({4'b1001 , (acc_imod_sva[5])})))) + ({(red_1_sva_1[15]) , 3'b0 , (signext_3_1(red_1_sva_1[15]))
            , 2'b0 , (red_1_sva_1[15])})) + ({((FRAME_mul_sdt[9:8]) + conv_s2u_1_2(red_1_sva_1[14]))
            , (FRAME_mul_sdt[7:6]) , (conv_u2u_5_6(FRAME_mul_sdt[4:0]) + conv_u2u_5_6(signext_5_3({(red_1_sva_1[14])
            , 1'b0 , (red_1_sva_1[14])})))})) | ({7'b0 , (FRAME_acc_3_psp_sva[12:10])}))
            , (FRAME_acc_3_psp_sva[9:6]) , ((FRAME_acc_3_psp_sva[5:0]) | ({3'b0 ,
            (FRAME_acc_4_psp_sva[12:10])})) , (FRAME_acc_4_psp_sva[9:0])}) , vout_rsc_mgc_out_stdreg_d},
            or_dcpl_1 | (~ exit_ACC1_lpi_1) | (ACC2_acc_itm[1]));
        i_3_lpi_1 <= ~((~((MUX_v_2_2_2({i_3_sva , i_3_lpi_1}, or_dcpl)) | (signext_2_1(SHIFT_and_20_cse_1
            & (~(or_dcpl | and_dcpl_10)))))) | ({{1{and_dcpl_10}}, and_dcpl_10}));
        i_4_lpi_1 <= ~((~((MUX_v_2_2_2({i_4_sva , i_4_lpi_1}, or_dcpl_50)) | (signext_2_1(~(SHIFT_and_20_cse_1
            | or_dcpl_50 | and_dcpl_12))))) | ({{1{and_dcpl_12}}, and_dcpl_12}));
        exit_SHIFT_lpi_1 <= MUX_s_1_2_2({exit_SHIFT_lpi_1_dfm , (SHIFT_acc_1_psp[1])},
            or_dcpl_1);
        exit_ACC2_sva <= (~ (ACC2_acc_itm[1])) & exit_ACC1_lpi_1_dfm & exit_SHIFT_lpi_1_dfm;
        exit_ACC1_lpi_1 <= MUX_s_1_2_2({(MUX_s_1_2_2({(~ (ACC1_acc_itm[1])) , exit_ACC1_lpi_1_dfm},
            exit_ACC1_lpi_1_dfm)) , exit_ACC1_lpi_1_dfm}, or_dcpl_1);
        SHIFT_i_1_lpi_3 <= MUX_v_2_2_2({SHIFT_acc_1_psp , SHIFT_i_1_lpi_3}, and_dcpl);
        blue_1_lpi_1 <= MUX_v_16_2_2({blue_1_lpi_1_dfm , blue_1_sva_1}, and_2_cse);
        green_1_lpi_1 <= MUX_v_16_2_2({green_1_lpi_1_dfm , green_1_sva_1}, and_2_cse);
        red_1_lpi_1 <= MUX_v_16_2_2({red_1_lpi_1_dfm , red_1_sva_1}, and_2_cse);
        b_2_lpi_1 <= MUX_v_16_2_2({(readslicef_17_16_1((conv_s2u_12_17({1'b1 , (~
            (regs_regs_1_sva[69:60])) , 1'b1}) + ({b_2_lpi_1_dfm , 1'b1})))) , b_2_lpi_1_dfm},
            or_14_cse);
        b_1_lpi_1 <= MUX_v_16_2_2({(conv_u2u_13_16({(conv_u2u_10_11(regs_regs_1_sva[39:30])
            + conv_u2u_8_11(regs_regs_1_sva[39:32])) , (regs_regs_1_sva[31:30])})
            + b_1_lpi_1_dfm) , b_1_lpi_1_dfm}, or_14_cse);
        b_0_lpi_1 <= MUX_v_16_2_2({(readslicef_17_16_1((conv_s2u_12_17({1'b1 , (~
            (regs_regs_1_sva[9:0])) , 1'b1}) + ({b_0_lpi_1_dfm , 1'b1})))) , b_0_lpi_1_dfm},
            or_14_cse);
        g_2_lpi_1 <= MUX_v_16_2_2({(readslicef_17_16_1((conv_s2u_12_17({1'b1 , (~
            (regs_regs_1_sva[79:70])) , 1'b1}) + ({g_2_lpi_1_dfm , 1'b1})))) , g_2_lpi_1_dfm},
            or_14_cse);
        g_1_lpi_1 <= MUX_v_16_2_2({(conv_u2u_13_16({(conv_u2u_10_11(regs_regs_1_sva[49:40])
            + conv_u2u_8_11(regs_regs_1_sva[49:42])) , (regs_regs_1_sva[41:40])})
            + g_1_lpi_1_dfm) , g_1_lpi_1_dfm}, or_14_cse);
        g_0_lpi_1 <= MUX_v_16_2_2({(readslicef_17_16_1((conv_s2u_12_17({1'b1 , (~
            (regs_regs_1_sva[19:10])) , 1'b1}) + ({g_0_lpi_1_dfm , 1'b1})))) , g_0_lpi_1_dfm},
            or_14_cse);
        r_2_lpi_1 <= MUX_v_16_2_2({(readslicef_17_16_1((conv_s2u_12_17({1'b1 , (~
            (regs_regs_1_sva[89:80])) , 1'b1}) + ({r_2_lpi_1_dfm , 1'b1})))) , r_2_lpi_1_dfm},
            or_14_cse);
        r_1_lpi_1 <= MUX_v_16_2_2({(conv_u2u_13_16({(conv_u2u_10_11(regs_regs_1_sva[59:50])
            + conv_u2u_8_11(regs_regs_1_sva[59:52])) , (regs_regs_1_sva[51:50])})
            + r_1_lpi_1_dfm) , r_1_lpi_1_dfm}, or_14_cse);
        r_0_lpi_1 <= MUX_v_16_2_2({(readslicef_17_16_1((conv_s2u_12_17({1'b1 , (~
            (regs_regs_1_sva[29:20])) , 1'b1}) + ({r_0_lpi_1_dfm , 1'b1})))) , r_0_lpi_1_dfm},
            or_14_cse);
        regs_regs_1_sva <= MUX_v_90_2_2({regs_regs_0_sva , regs_regs_1_sva}, and_dcpl
            | (~ (SHIFT_mux_13_tmp[0])));
        regs_regs_0_sva <= MUX_v_90_2_2({regs_operator_din_lpi_1_dfm_mx0 , regs_regs_0_sva},
            and_dcpl | (SHIFT_mux_13_tmp[0]) | (SHIFT_mux_13_tmp[1]));
        regs_operator_din_lpi_1_dfm <= regs_operator_din_lpi_1_dfm_mx0;
      end
    end
  end

  function [15:0] MUX_v_16_4_2;
    input [63:0] inputs;
    input [1:0] sel;
    reg [15:0] result;
  begin
    case (sel)
      2'b00 : begin
        result = inputs[63:48];
      end
      2'b01 : begin
        result = inputs[47:32];
      end
      2'b10 : begin
        result = inputs[31:16];
      end
      2'b11 : begin
        result = inputs[15:0];
      end
      default : begin
        result = inputs[63:48];
      end
    endcase
    MUX_v_16_4_2 = result;
  end
  endfunction


  function [0:0] readslicef_5_1_4;
    input [4:0] vector;
    reg [4:0] tmp;
  begin
    tmp = vector >> 4;
    readslicef_5_1_4 = tmp[0:0];
  end
  endfunction


  function [2:0] signext_3_1;
    input [0:0] vector;
  begin
    signext_3_1= {{2{vector[0]}}, vector};
  end
  endfunction


  function [1:0] signext_2_1;
    input [0:0] vector;
  begin
    signext_2_1= {{1{vector[0]}}, vector};
  end
  endfunction


  function [15:0] signext_16_1;
    input [0:0] vector;
  begin
    signext_16_1= {{15{vector[0]}}, vector};
  end
  endfunction


  function [1:0] MUX_v_2_2_2;
    input [3:0] inputs;
    input [0:0] sel;
    reg [1:0] result;
  begin
    case (sel)
      1'b0 : begin
        result = inputs[3:2];
      end
      1'b1 : begin
        result = inputs[1:0];
      end
      default : begin
        result = inputs[3:2];
      end
    endcase
    MUX_v_2_2_2 = result;
  end
  endfunction


  function [89:0] MUX_v_90_2_2;
    input [179:0] inputs;
    input [0:0] sel;
    reg [89:0] result;
  begin
    case (sel)
      1'b0 : begin
        result = inputs[179:90];
      end
      1'b1 : begin
        result = inputs[89:0];
      end
      default : begin
        result = inputs[179:90];
      end
    endcase
    MUX_v_90_2_2 = result;
  end
  endfunction


  function [29:0] MUX_v_30_2_2;
    input [59:0] inputs;
    input [0:0] sel;
    reg [29:0] result;
  begin
    case (sel)
      1'b0 : begin
        result = inputs[59:30];
      end
      1'b1 : begin
        result = inputs[29:0];
      end
      default : begin
        result = inputs[59:30];
      end
    endcase
    MUX_v_30_2_2 = result;
  end
  endfunction


  function [4:0] signext_5_3;
    input [2:0] vector;
  begin
    signext_5_3= {{2{vector[2]}}, vector};
  end
  endfunction


  function [0:0] MUX_s_1_2_2;
    input [1:0] inputs;
    input [0:0] sel;
    reg [0:0] result;
  begin
    case (sel)
      1'b0 : begin
        result = inputs[1:1];
      end
      1'b1 : begin
        result = inputs[0:0];
      end
      default : begin
        result = inputs[1:1];
      end
    endcase
    MUX_s_1_2_2 = result;
  end
  endfunction


  function [15:0] MUX_v_16_2_2;
    input [31:0] inputs;
    input [0:0] sel;
    reg [15:0] result;
  begin
    case (sel)
      1'b0 : begin
        result = inputs[31:16];
      end
      1'b1 : begin
        result = inputs[15:0];
      end
      default : begin
        result = inputs[31:16];
      end
    endcase
    MUX_v_16_2_2 = result;
  end
  endfunction


  function [15:0] readslicef_17_16_1;
    input [16:0] vector;
    reg [16:0] tmp;
  begin
    tmp = vector >> 1;
    readslicef_17_16_1 = tmp[15:0];
  end
  endfunction


  function  [5:0] conv_u2u_5_6 ;
    input [4:0]  vector ;
  begin
    conv_u2u_5_6 = {1'b0, vector};
  end
  endfunction


  function  [4:0] conv_u2u_4_5 ;
    input [3:0]  vector ;
  begin
    conv_u2u_4_5 = {1'b0, vector};
  end
  endfunction


  function  [3:0] conv_u2u_3_4 ;
    input [2:0]  vector ;
  begin
    conv_u2u_3_4 = {1'b0, vector};
  end
  endfunction


  function  [3:0] conv_u2u_2_4 ;
    input [1:0]  vector ;
  begin
    conv_u2u_2_4 = {{2{1'b0}}, vector};
  end
  endfunction


  function  [5:0] conv_u2u_4_6 ;
    input [3:0]  vector ;
  begin
    conv_u2u_4_6 = {{2{1'b0}}, vector};
  end
  endfunction


  function  [9:0] conv_u2u_2_10 ;
    input [1:0]  vector ;
  begin
    conv_u2u_2_10 = {{8{1'b0}}, vector};
  end
  endfunction


  function  [1:0] conv_u2u_1_2 ;
    input [0:0]  vector ;
  begin
    conv_u2u_1_2 = {1'b0, vector};
  end
  endfunction


  function  [12:0] conv_s2u_12_13 ;
    input signed [11:0]  vector ;
  begin
    conv_s2u_12_13 = {vector[11], vector};
  end
  endfunction


  function signed [12:0] conv_u2s_11_13 ;
    input [10:0]  vector ;
  begin
    conv_u2s_11_13 = {{2{1'b0}}, vector};
  end
  endfunction


  function signed [11:0] conv_u2s_22_12 ;
    input [21:0]  vector ;
  begin
    conv_u2s_22_12 = vector[11:0];
  end
  endfunction


  function  [10:0] conv_u2u_2_11 ;
    input [1:0]  vector ;
  begin
    conv_u2u_2_11 = {{9{1'b0}}, vector};
  end
  endfunction


  function signed [11:0] conv_s2s_10_12 ;
    input signed [9:0]  vector ;
  begin
    conv_s2s_10_12 = {{2{vector[9]}}, vector};
  end
  endfunction


  function signed [10:0] conv_u2s_9_11 ;
    input [8:0]  vector ;
  begin
    conv_u2s_9_11 = {{2{1'b0}}, vector};
  end
  endfunction


  function signed [9:0] conv_u2s_18_10 ;
    input [17:0]  vector ;
  begin
    conv_u2s_18_10 = vector[9:0];
  end
  endfunction


  function  [8:0] conv_u2u_3_9 ;
    input [2:0]  vector ;
  begin
    conv_u2u_3_9 = {{6{1'b0}}, vector};
  end
  endfunction


  function signed [9:0] conv_s2s_8_10 ;
    input signed [7:0]  vector ;
  begin
    conv_s2s_8_10 = {{2{vector[7]}}, vector};
  end
  endfunction


  function signed [7:0] conv_u2s_6_8 ;
    input [5:0]  vector ;
  begin
    conv_u2s_6_8 = {{2{1'b0}}, vector};
  end
  endfunction


  function signed [7:0] conv_s2s_5_8 ;
    input signed [4:0]  vector ;
  begin
    conv_s2s_5_8 = {{3{vector[4]}}, vector};
  end
  endfunction


  function signed [4:0] conv_u2s_4_5 ;
    input [3:0]  vector ;
  begin
    conv_u2s_4_5 = {1'b0, vector};
  end
  endfunction


  function  [4:0] conv_u2u_3_5 ;
    input [2:0]  vector ;
  begin
    conv_u2u_3_5 = {{2{1'b0}}, vector};
  end
  endfunction


  function  [1:0] conv_s2u_1_2 ;
    input signed [0:0]  vector ;
  begin
    conv_s2u_1_2 = {vector[0], vector};
  end
  endfunction


  function  [16:0] conv_s2u_12_17 ;
    input signed [11:0]  vector ;
  begin
    conv_s2u_12_17 = {{5{vector[11]}}, vector};
  end
  endfunction


  function  [15:0] conv_u2u_13_16 ;
    input [12:0]  vector ;
  begin
    conv_u2u_13_16 = {{3{1'b0}}, vector};
  end
  endfunction


  function  [10:0] conv_u2u_10_11 ;
    input [9:0]  vector ;
  begin
    conv_u2u_10_11 = {1'b0, vector};
  end
  endfunction


  function  [10:0] conv_u2u_8_11 ;
    input [7:0]  vector ;
  begin
    conv_u2u_8_11 = {{3{1'b0}}, vector};
  end
  endfunction

endmodule

// ------------------------------------------------------------------
//  Design Unit:    sharpen1
//  Generated from file(s):
//    3) $PROJECT_HOME/catapult_proj/vga_blur/sharpen.c
// ------------------------------------------------------------------


module sharpen1 (
  vin_rsc_z, vout_rsc_z, clk, en, arst_n
);
  input [89:0] vin_rsc_z;
  output [29:0] vout_rsc_z;
  input clk;
  input en;
  input arst_n;


  // Interconnect Declarations
  wire [89:0] vin_rsc_mgc_in_wire_d;
  wire [29:0] vout_rsc_mgc_out_stdreg_d;


  // Interconnect Declarations for Component Instantiations 
  mgc_in_wire #(.rscid(1),
  .width(90)) vin_rsc_mgc_in_wire (
      .d(vin_rsc_mgc_in_wire_d),
      .z(vin_rsc_z)
    );
  mgc_out_stdreg #(.rscid(2),
  .width(30)) vout_rsc_mgc_out_stdreg (
      .d(vout_rsc_mgc_out_stdreg_d),
      .z(vout_rsc_z)
    );
  sharpen1_core sharpen1_core_inst (
      .clk(clk),
      .en(en),
      .arst_n(arst_n),
      .vin_rsc_mgc_in_wire_d(vin_rsc_mgc_in_wire_d),
      .vout_rsc_mgc_out_stdreg_d(vout_rsc_mgc_out_stdreg_d)
    );
endmodule